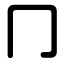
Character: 冂